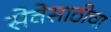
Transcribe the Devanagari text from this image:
सेवेसाठीचा